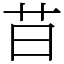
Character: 䒤